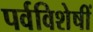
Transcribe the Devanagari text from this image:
पर्वविशेषीं